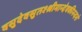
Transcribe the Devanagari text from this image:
वसुदेवसुतश्श्रीमान्देवकीनन्दनो